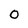
Character: 0